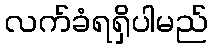
လက်ခံရရှိပါမည်